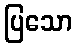
ပြသော